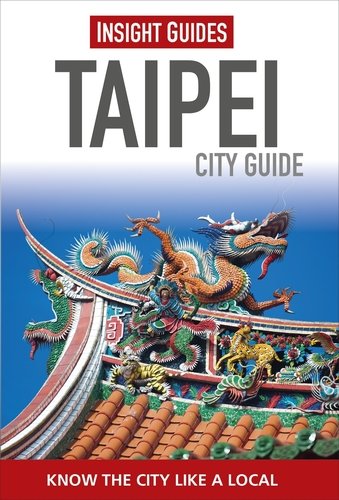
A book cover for Insight Guides: Taipei City Guide (Insight City Guides); Insight Guides; Travel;